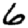
Digit: 6